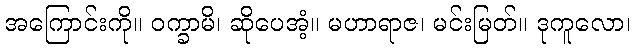
အကြောင်းကို။ ဝက္ခာမိ၊ ဆိုပေအံ့။ မဟာရာဇ၊ မင်းမြတ်။ ဒုကူလော၊